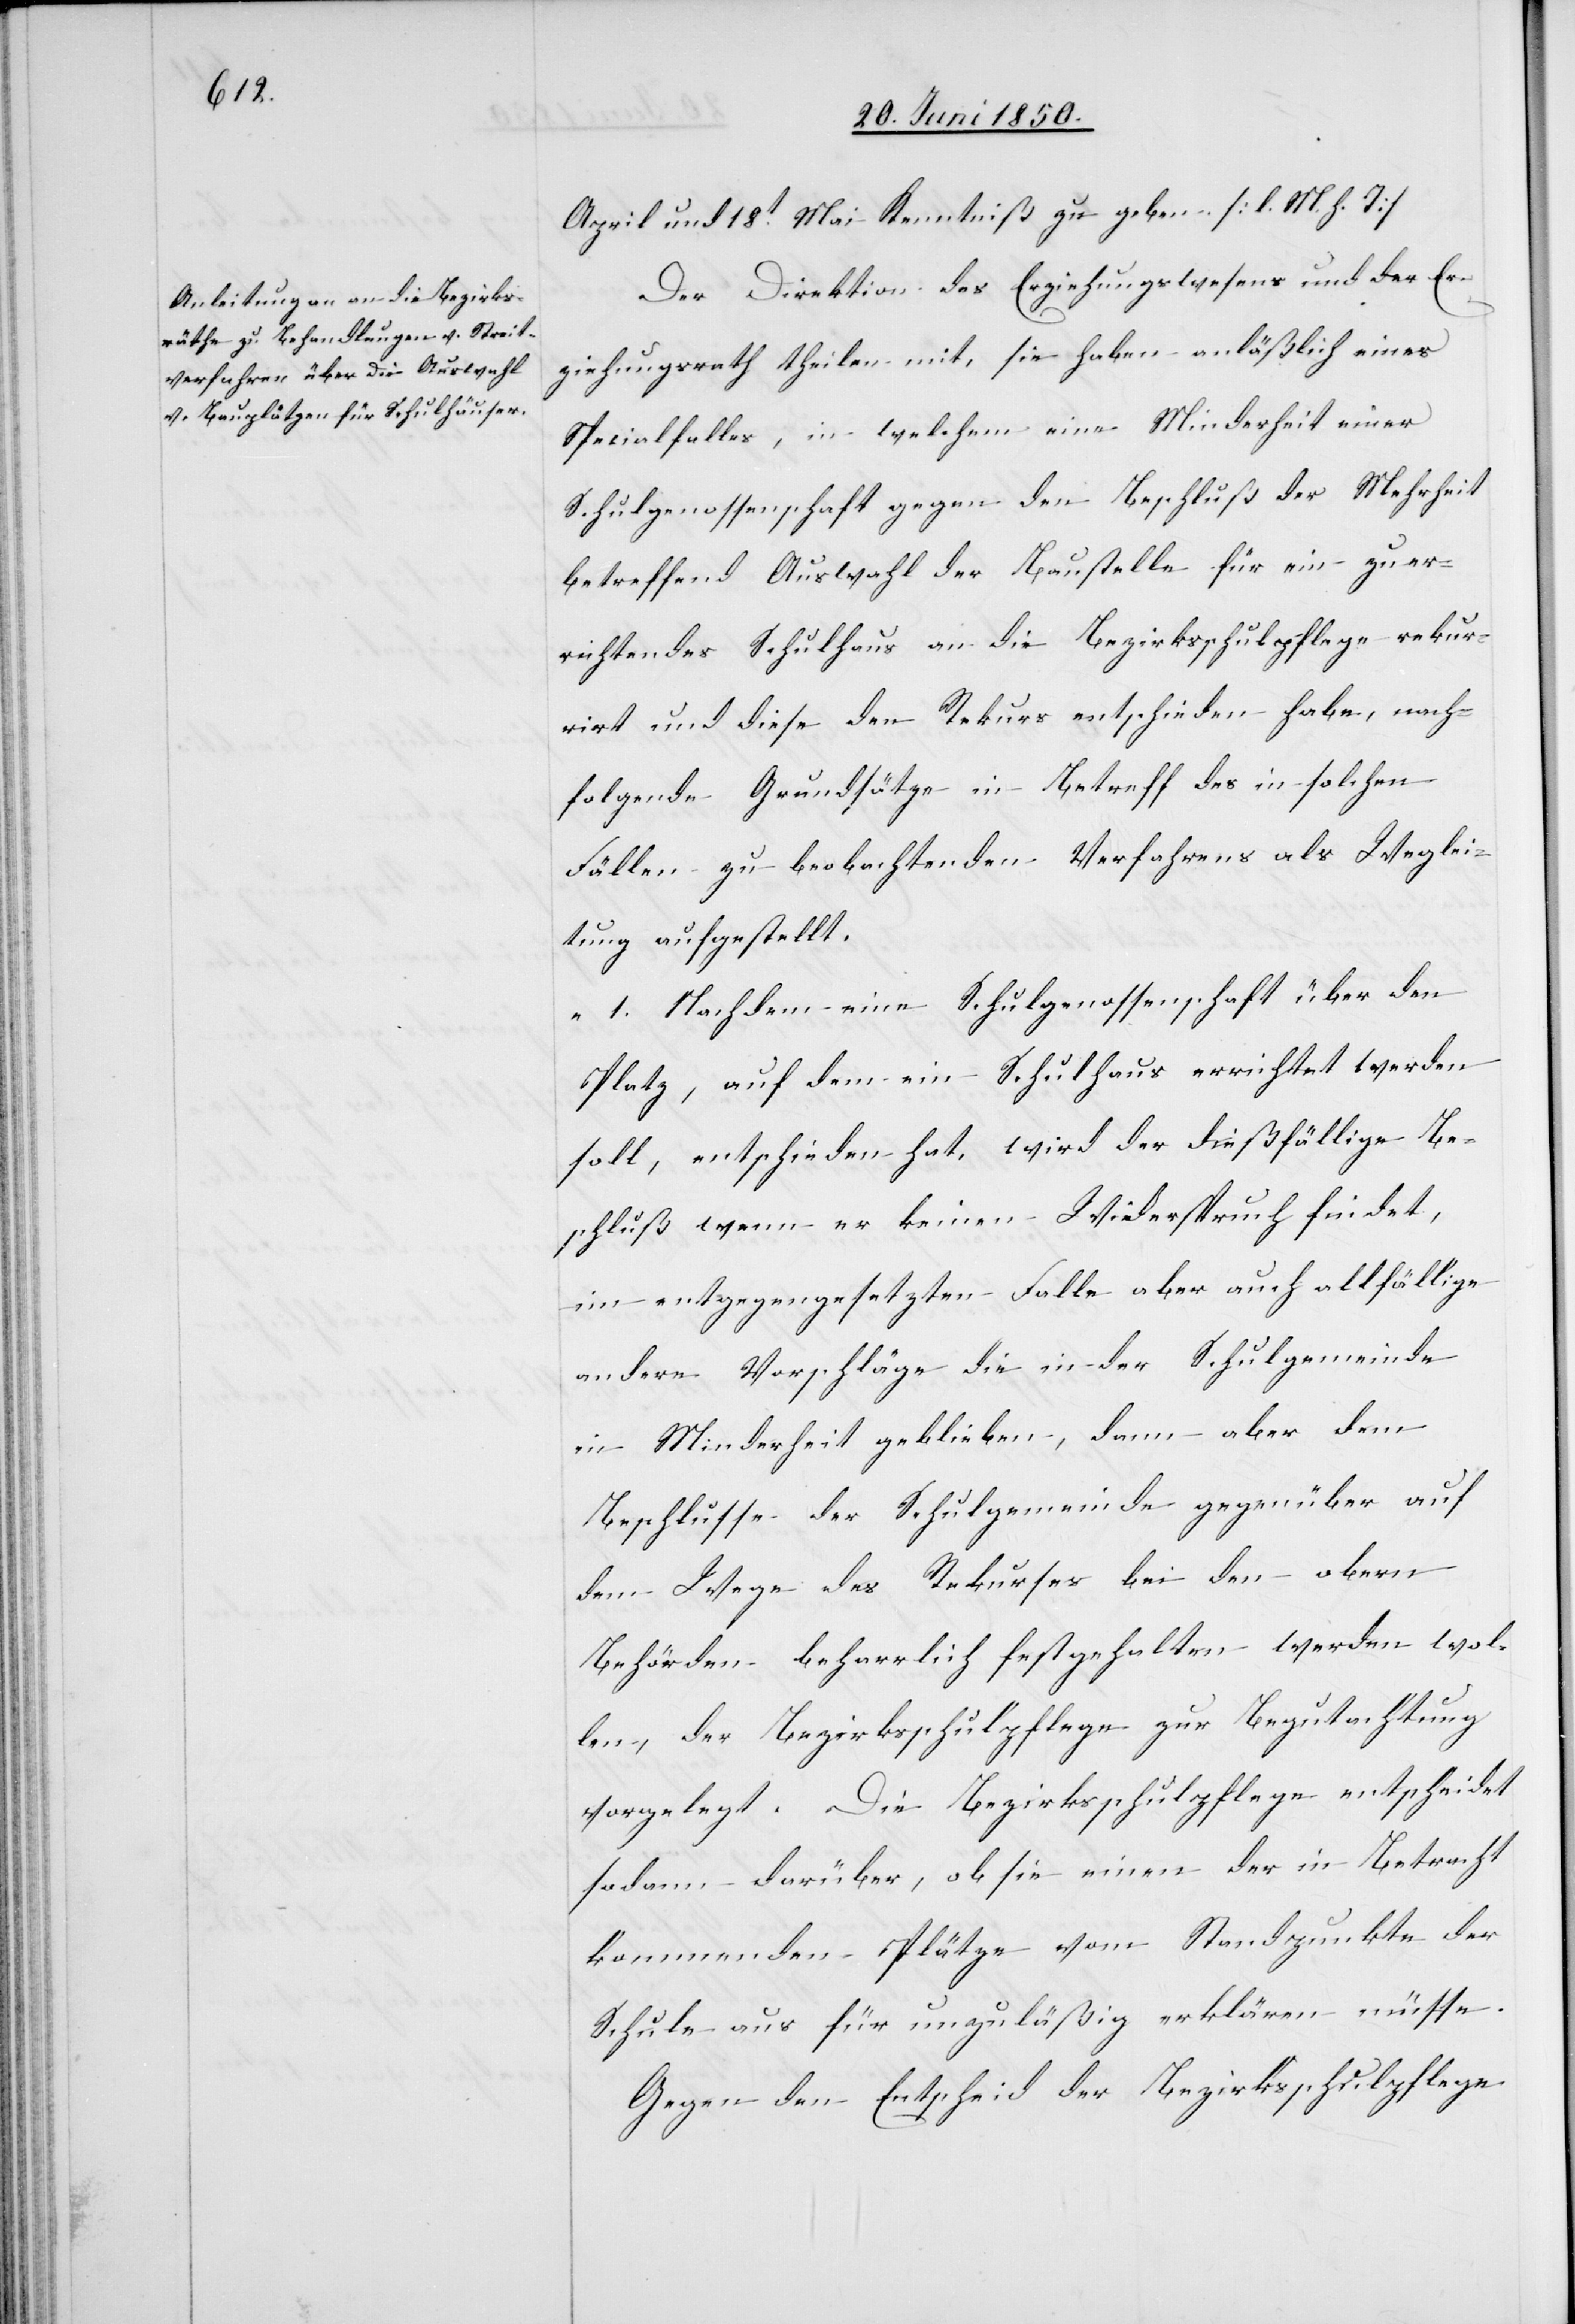
April und 18t Mai Kenntniß zu geben. [l. M. h. T]
Der Direktion des Erziehungswesens und der Er¬
ziehungsrath theilen mit, sie haben anläßlich eines
Specialfalles, in welchem eine Minderheit einer
Schulgenossenschaft gegen den Beschluß der Mehrheit
betreffend Auswahl der Baustelle für ein zu er¬
richtendes Schulhaus an die Bezirksschulpflege rekur¬
rirt und diese den Rekurs entschieden habe, nach¬
folgende Grundsätze in Betreff des in solchen
Fällen zu beobachtenden Verfahrens als Weglei¬
tung aufgestellt.
„1. Nachdem eine Schulgenossenschaft über den
Platz, auf dem ein Schulhaus errichtet werden
soll, entschieden hat, wird der dießfällige Be¬
schluß wenn er keinen Widerspruch findet,
im entgegengesetzten Falle aber auch allfällige
andere Vorschläge die in der Schulgemeinde
in Minderheit geblieben, dann aber dem
Beschlusse der Schulgemeinde gegenüber auf
dem Wege des Rekurses bei den obern
Behörden beharrlich festgehalten werden wol¬
len, der Bezirksschulpflege zur Begutachtung
vorgelegt. Die Bezirksschulpflege entscheidet
sodann darüber, ob sie einen der in Betracht
kommenden Plätze vom Standpunkte der
Schule aus für unzuläßig erklären müsse.
Gegen den Entscheid der Bezirksschulpflege